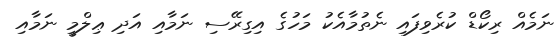
ނަމެއް ރިކޯޑް ކުރެވިފައި ނެތުމާއެކު މަހުގެ އިގިރޭސި ނަމާއި އަދި ޢިލްމީ ނަމާއި